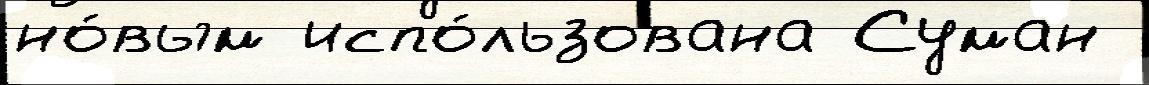
но́вым испо́льзована Суман